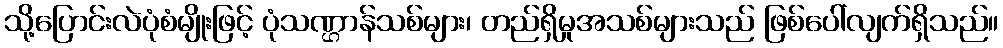
သို့ပြောင်းလဲပုံစံမျိုးဖြင့် ပုံသဏ္ဌာန်သစ်များ၊ တည်ရှိမှုအသစ်များသည် ဖြစ်ပေါ်လျက်ရှိသည်။